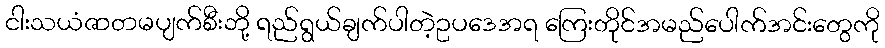
ငါးသယံဇာတမပျက်စီးဘို့ ရည်ရွယ်ချက်ပါတဲ့ဥပဒေအရ ကြေးတိုင်အမည်ပေါက်အင်းတွေကို